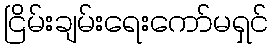
ငြိမ်းချမ်းရေးကော်မရှင်